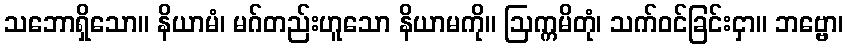
သဘောရှိသော။ နိယာမံ၊ မဂ်တည်းဟူသော နိယာမကို။ ဩက္ကမိတုံ၊ သက်ဝင်ခြင်းငှာ။ ဘဗ္ဗော၊